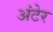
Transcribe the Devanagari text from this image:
अंटेर